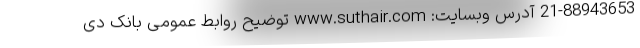
21-88943653 آدرس وبسایت: www.suthair.com توضیح روابط عمومی بانک دی